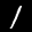
Label: 1